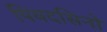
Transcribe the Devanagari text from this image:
पियदसिनो